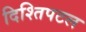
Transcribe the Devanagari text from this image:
दिश्तिपटल